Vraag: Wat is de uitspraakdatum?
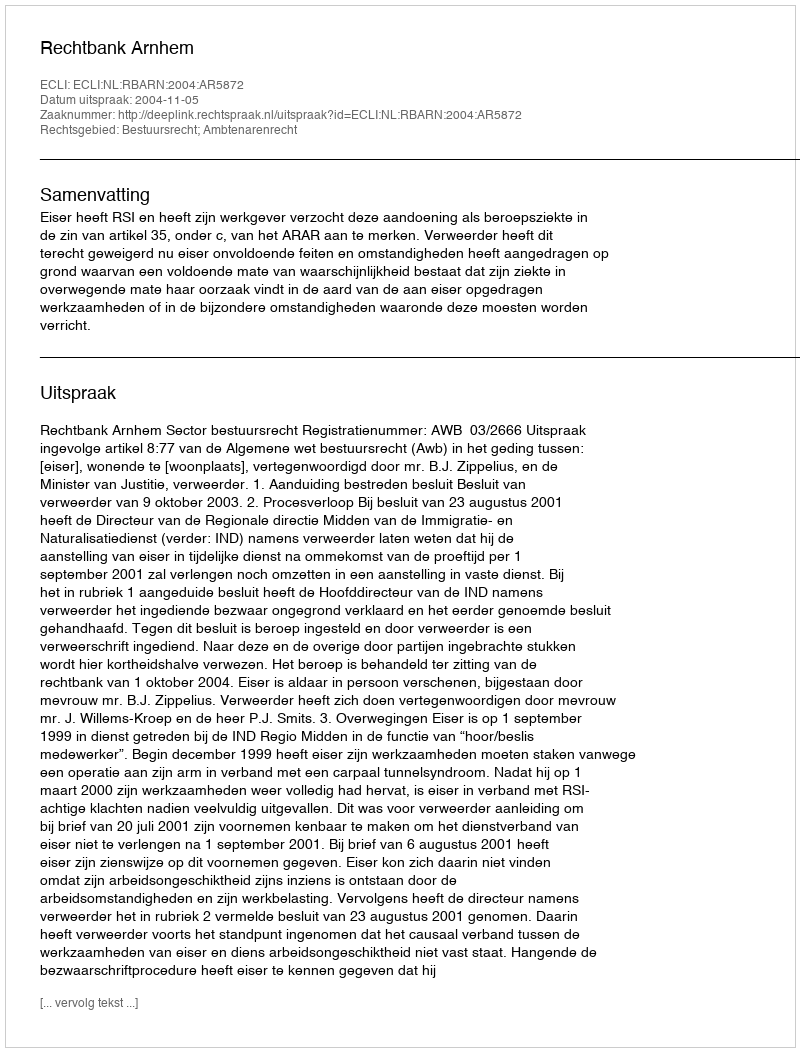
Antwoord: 2004-11-05